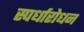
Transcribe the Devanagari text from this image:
स्पर्धारोधन